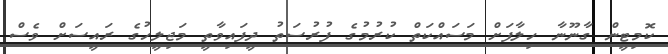
ކޮމިޓީން ގާނޫނާ ހިލާފަށް މަސައްކަތް ކުރުމުގެ ފުރުސަތު ދީފައިވާތީ މަޖިލީހުގެ ރައީސަށް ވެސް